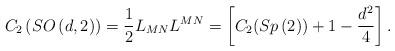
LaTeX: \begin{align*}C_{2}\left( SO\left( d,2\right) \right) =\frac{1}{2}L_{MN}L^{MN}=\left[C_{2}(Sp\left( 2\right) )+1-\frac{d^{2}}{4}\right] . \end{align*}